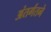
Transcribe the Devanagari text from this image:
अंतर्गतने